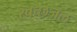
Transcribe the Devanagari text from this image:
स्वच्छजल